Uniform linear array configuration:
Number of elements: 16
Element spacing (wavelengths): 1
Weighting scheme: hann
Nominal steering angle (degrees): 30
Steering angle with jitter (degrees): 31.191
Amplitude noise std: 0.05
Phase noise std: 0.05

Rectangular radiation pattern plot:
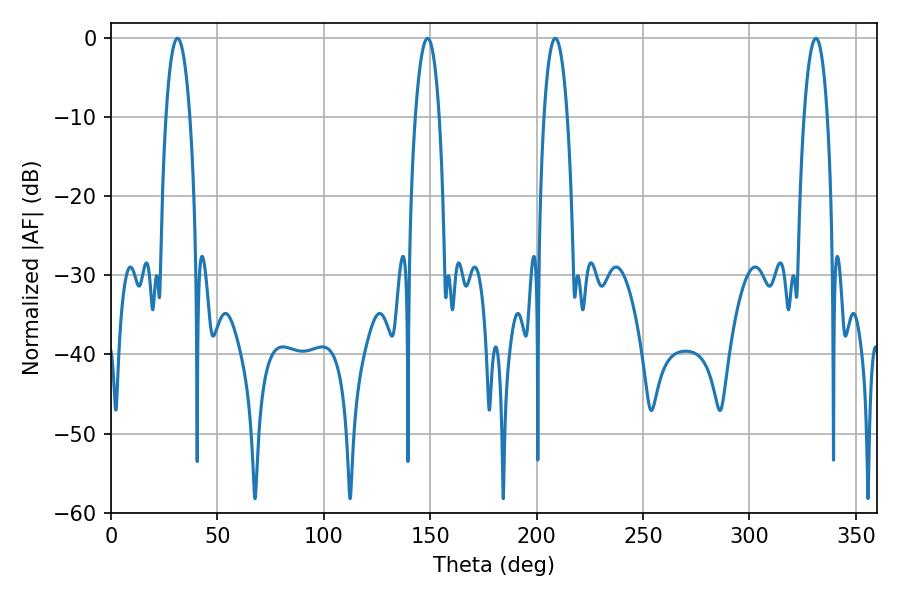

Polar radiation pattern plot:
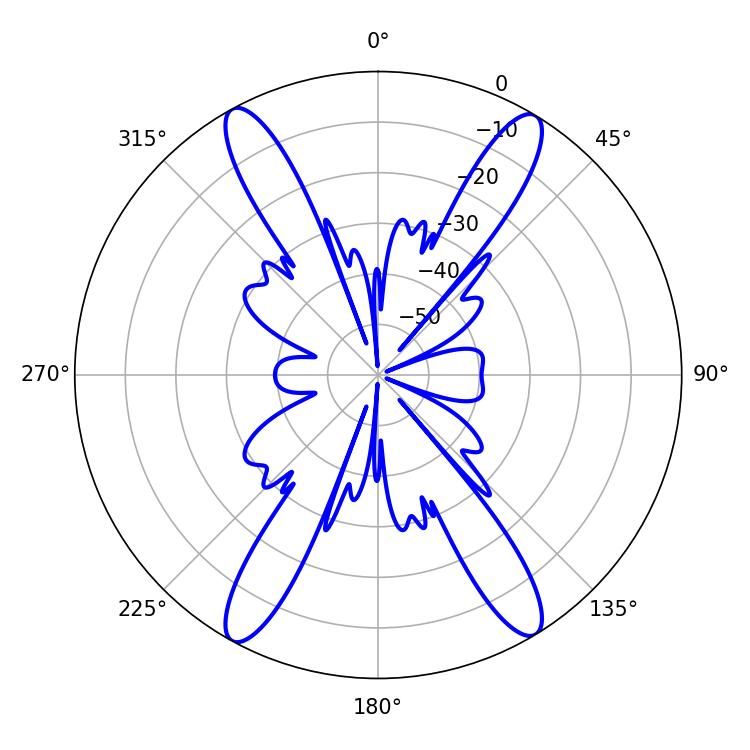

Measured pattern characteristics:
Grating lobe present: TRUE
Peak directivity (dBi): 22.515
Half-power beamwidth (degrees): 6.12
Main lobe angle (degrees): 208.8